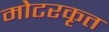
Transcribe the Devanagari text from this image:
मोटरकृत